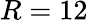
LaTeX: R=12